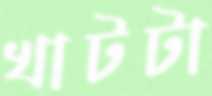
খাটটা